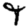
Digit: 9